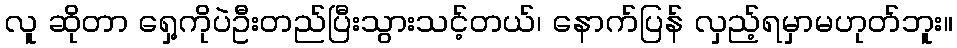
လူ ဆိုတာ ရှေ့ကိုပဲဦးတည်ပြီးသွားသင့်တယ်၊ နောက်ပြန် လှည့်ရမှာမဟုတ်ဘူး။